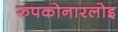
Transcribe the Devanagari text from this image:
रुपकोनारलोइ